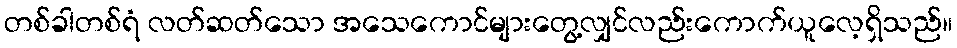
တစ်ခါတစ်ရံ လတ်ဆတ်သော အသေကောင်များတွေ့လျှင်လည်းကောက်ယူလေ့ရှိသည်။